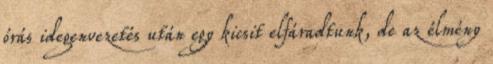
órás idegenvezetés után egy kicsit elfáradtunk, de az élmény